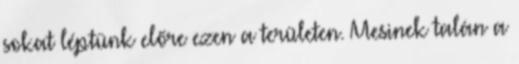
sokat léptünk előre ezen a területen. Mesinek talán a